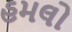
હમલો